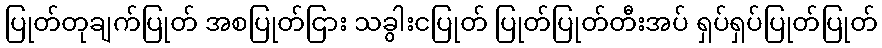
ပြုတ်တုချက်ပြုတ် အစပြုတ်ငြား သခွါးငပြုတ် ပြုတ်ပြုတ်တီးအပ် ရှပ်ရှပ်ပြုတ်ပြုတ်